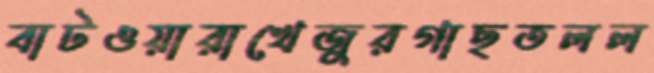
বাটওয়ারাখেজুরগাছতলল